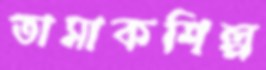
তামাকশিল্প